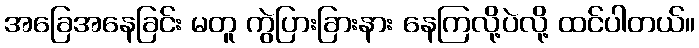
အခြေအနေခြင်း မတူ ကွဲပြားခြားနား နေကြလို့ပဲလို့ ထင်ပါတယ်။